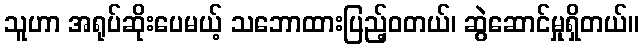
သူဟာ အရုပ်ဆိုးပေမယ့် သဘောထားပြည့်ဝတယ်၊ ဆွဲဆောင်မှုရှိတယ်။